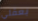
بعقلي